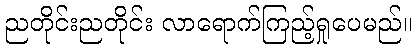
ညတိုင်းညတိုင်း လာရောက်ကြည့်ရှုပေမည်။